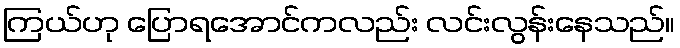
ကြယ်ဟု ပြောရအောင်ကလည်း လင်းလွန်းနေသည်။